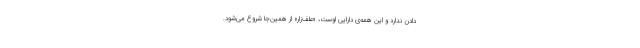
دادن ندارد و این همه‌ی دارایی اوست، «علف‌زار» از همین‌جا شروع می‌شود.